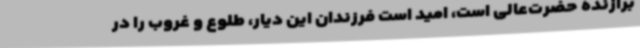
برازنده حضرت‌عالی است، امید است فرزندان این دیار، طلوع و غروب را در